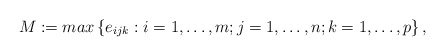
\begin{align*}M:=max\left\{ e_{ijk}:i=1,\mathellipsis ,m;j=1,\mathellipsis ,n;k=1,\mathellipsis ,p \right\},\end{align*}